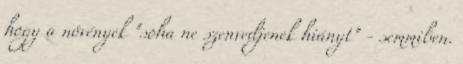
hogy a növények "soha ne szenvedjenek hiányt" - semmiben.